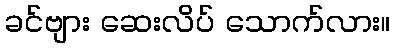
ခင်ဗျား ဆေးလိပ် သောက်လား။